Scottish Certificate of Education, 1963
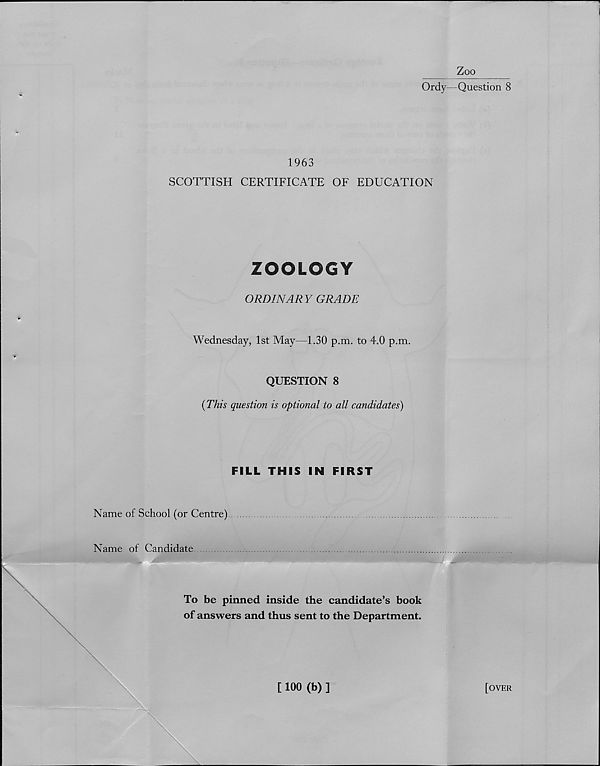
Zoo
Ordy—Question 8
1963
SCOTTISH CERTIFICATE OF EDUCATION
ZOOLOGY
ORDINARY GRADE
Wednesday, 1st May—1.30 p.m. to 4.0 p.m.
QUESTION 8
{This question is optional to all candidates)
FILL THIS IN FIRST
Name of School (or Centre)
Name of Candidate
To be pinned inside the candidate’s book
of answers and thus sent to the Department.